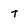
Character: t